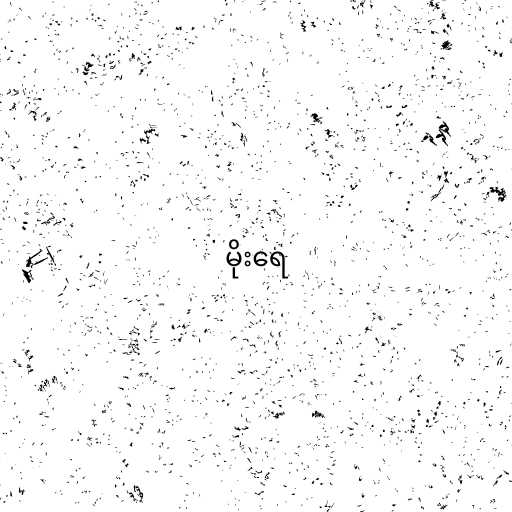
မိုးရေ